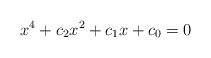
\begin{align*}x^4 + c_2 x^2 + c_1 x + c_0 = 0\end{align*}